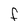
Character: f